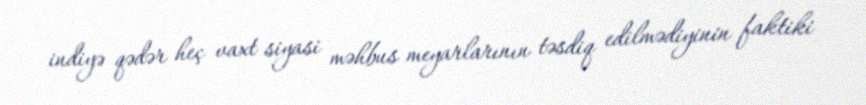
indiyə qədər heç vaxt siyasi məhbus meyarlarının təsdiq edilmədiyinin faktiki